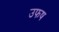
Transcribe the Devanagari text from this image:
उफष